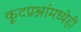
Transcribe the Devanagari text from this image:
कूटप्रश्नांमध्येही